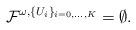
LaTeX: \begin{align*}\mathcal{F}^{\omega,\{U_i\}_{i=0,\dots,K}}=\emptyset .\end{align*}